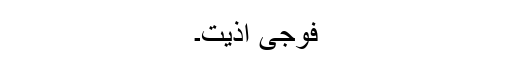
فوجی اذیت۔